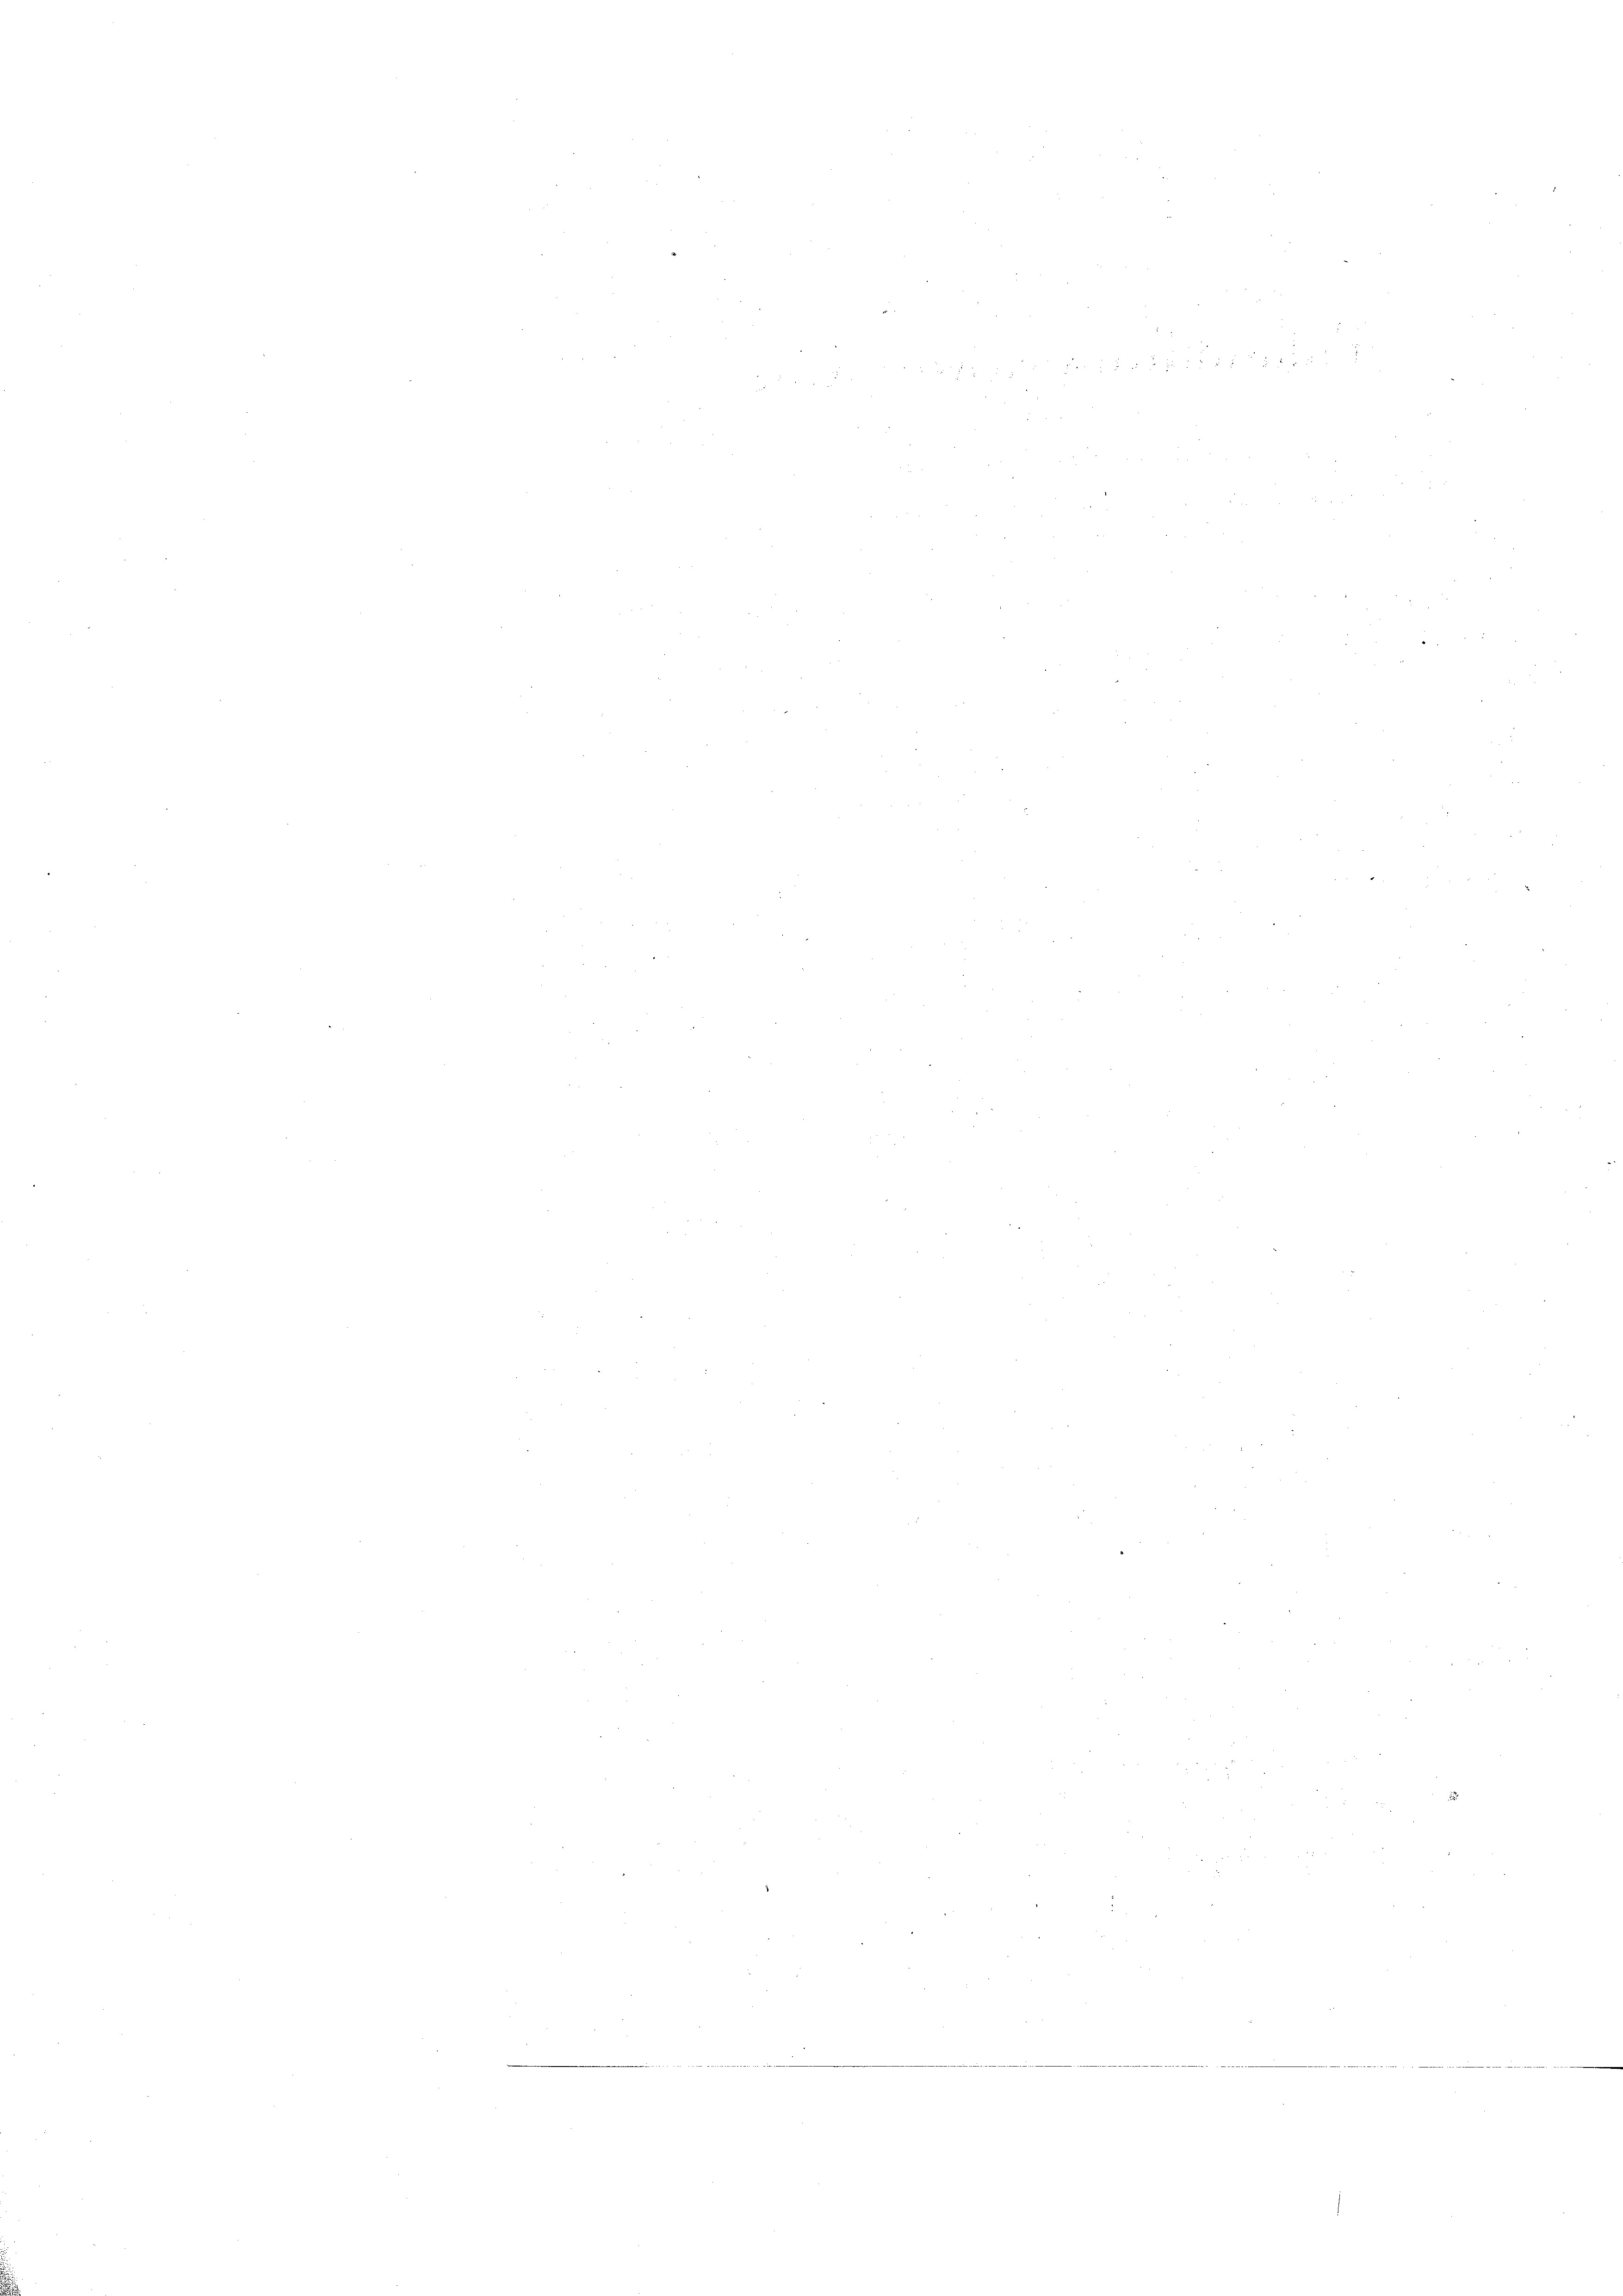
e

e

2
2

e
.
.
n
e
e
Be
e
e
n
.
¬
e
e
n
e
¬
e
e

e
e
 f 24 x
n

e
2

.
n
n
5 xx

e
e
.
e
e
e
¬
e
.
n
n
¬
.
35
2
¬
e
22
n
e
e
e
e
e
¬
n
e
e
3
e
e
n
x
.
n
n
2
e
a
 2 M
e
e
e
e
n
.
e
e
e
.
.
e
¬
e
e
e
e
e
¬
n
n
e
e
e
s
e
e
2
e
e
.
e
e
e
e
e
e
2
e
e
n
5
e
n
2
¬
.
e
.
¬
1

¬
e
¬
n
e
.
e
e
e
e
d
e
.
e

3
e
.
e
n
.
.
e
n
e
e
5
n
d
e
s
e
.
¬
¬
¬
e
¬
e
e
.
e
n

e
e
e
2
2.
 2
¬
n
e
2 45
.
2 1892
e
2
n
252
u

e
s

2
.
n
d

e

.
.
e

 45
e
e
e
e

 geren 1744 451113,44, 417. März d. 12. der der
s

e

25

e
n